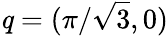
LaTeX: \textbf{\textit{q}}=(\pi/\sqrt{3},0)